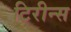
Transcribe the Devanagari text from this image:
टिरीन्स